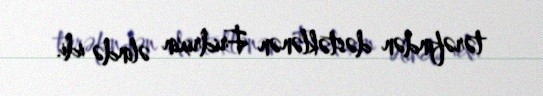
tərəfindən dəstəklənən Fridrixin əlində idi.